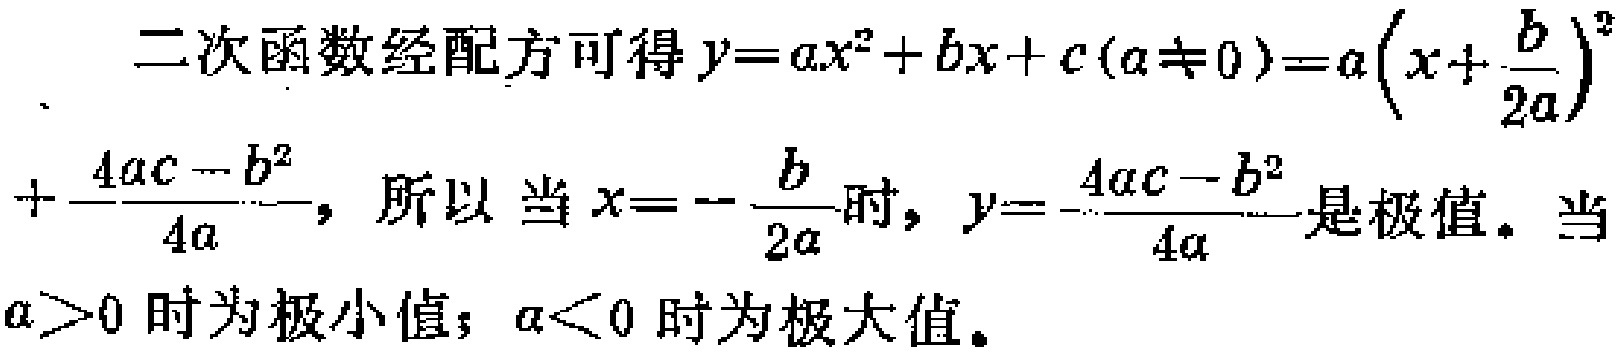
二次函数经配方可得\(y = ax^{2}+bx + c(a\neq0)=a\left(x+\frac{b}{2a}\right)^{2}+\frac{4ac - b^{2}}{4a}\)，所以当\(x = -\frac{b}{2a}\)时，\(y=\frac{4ac - b^{2}}{4a}\)是极值。当\(a>0\)时为极小值；\(a<0\)时为极大值。